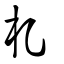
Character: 札